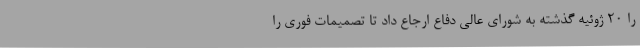
را 20 ژوئیه گذشته به شورای عالی دفاع ارجاع داد تا تصمیمات فوری را